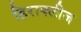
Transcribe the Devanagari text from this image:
हिराक्लीज